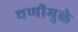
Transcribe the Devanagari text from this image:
चणीमुळे